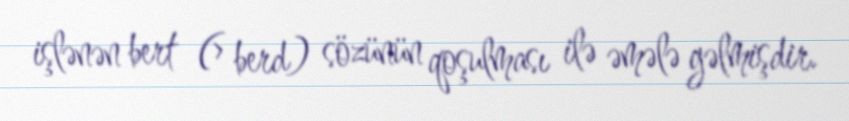
işlənən bert (> berd) sözünün qoşulması ilə əmələ gəlmişdir.